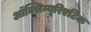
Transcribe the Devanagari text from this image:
ऑक्सिम्यूरिएटिक